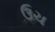
ઉચ